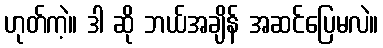
ဟုတ်ကဲ့။ ဒါ ဆို ဘယ်အချိန် အဆင်ပြေမလဲ။